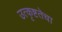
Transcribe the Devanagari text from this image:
उत्कृष्टतेचा